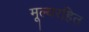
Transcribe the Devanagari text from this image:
मूल्यरहित